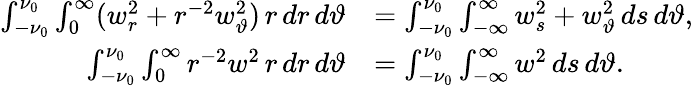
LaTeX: \begin{array}{rl}{\int_{-\nu_{0}}^{\nu_{0}}\int_{0}^{\infty}(w_{r}^{2}+r^{-2}w_{\vartheta}^{2})\, r\, dr\, d\vartheta}&{=\int_{-\nu_{0}}^{\nu_{0}}\int_{-\infty}^{\infty}{w_{s}^{2}+w_{\vartheta}^{2}}\, ds\, d\vartheta,}\\ {\int_{-\nu_{0}}^{\nu_{0}}\int_{0}^{\infty}r^{-2}w^{2}\, r\, dr\, d\vartheta}&{=\int_{-\nu_{0}}^{\nu_{0}}\int_{-\infty}^{\infty}{w^{2}}\, ds\, d\vartheta.}\end{array}